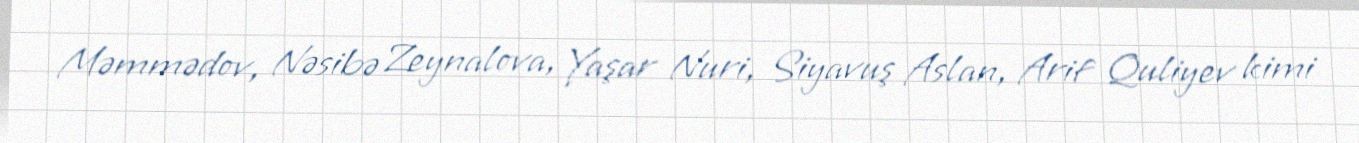
Məmmədov, Nəsibə Zeynalova, Yaşar Nuri, Siyavuş Aslan, Arif Quliyev kimi